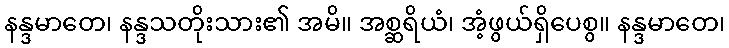
နန္ဒမာတေ၊ နန္ဒသတိုးသား၏ အမိ။ အစ္ဆရိယံ၊ အံ့ဖွယ်ရှိပေစွ။ နန္ဒမာတေ၊